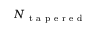
N _ { \mathrm { ~ t ~ a ~ p ~ e ~ r ~ e ~ d ~ } }